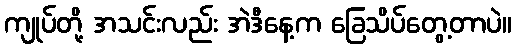
ကျုပ်တို့ အသင်းလည်း အဲဒီနေ့က ခြေသိပ်တွေ့တာပဲ။